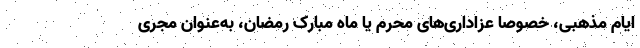
ایام مذهبی، خصوصا عزاداری‌های محرم یا ماه مبارک رمضان، به‌عنوان مجری